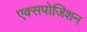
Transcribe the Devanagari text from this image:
एक्सपोजिशन